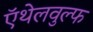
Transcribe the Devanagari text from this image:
ऍथेलवुल्फ